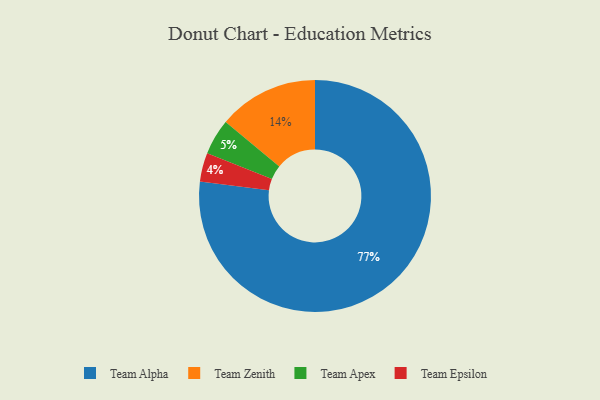
{"axis": {"x": "Category", "y": "Percentage"}, "legend": ["Team Alpha", "Team Apex", "Team Epsilon", "Team Zenith"], "data": [{"x": "Team Epsilon", "y": 4, "type": "Team Epsilon"}, {"x": "Team Apex", "y": 5, "type": "Team Apex"}, {"x": "Team Zenith", "y": 14, "type": "Team Zenith"}, {"x": "Team Alpha", "y": 77, "type": "Team Alpha"}]}